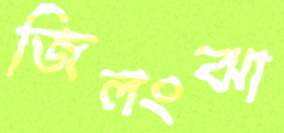
জিলংঝা